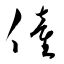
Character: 僮